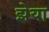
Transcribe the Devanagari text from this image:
झेया